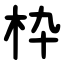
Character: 枠